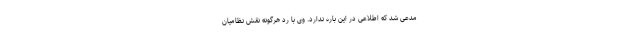
مدعی شد که اطلاعی در این باره ندارد. وی با رد هرگونه نقش نظامیان